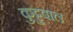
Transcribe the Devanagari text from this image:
कुट्टुवाल